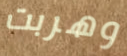
وهربت